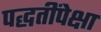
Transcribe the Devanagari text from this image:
पद्धतींपेक्षा